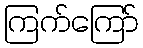
ကြက်ကြော်